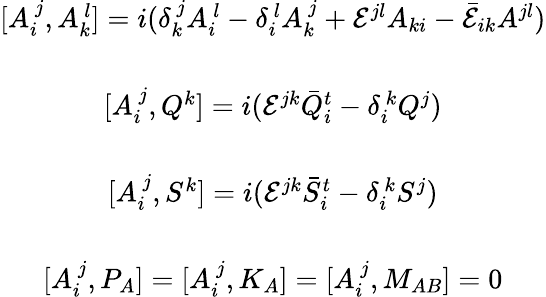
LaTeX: \begin{array}{c}{{[A_{i}^{~j},A_{k}^{~l}]=i(\delta_{k}^{~j}A_{i}^{~l}-\delta_{i}^{~l}A_{k}^{~j}+{\cal E}^{jl}A_{ki}-\bar{\cal E}_{ik}A^{jl})}}\\ {{{}}}\\ {{{[A_{i}^{~j},Q^{k}]=i({\cal E}^{jk}\bar{Q}_{i}^{t}-\delta_{i}^{~k}Q^{j})}}}\\ {{{}}}\\ {{{[A_{i}^{~j},S^{k}]=i({\cal E}^{jk}\bar{S}_{i}^{t}-\delta_{i}^{~k}S^{j})}}}\\ {{{}}}\\ {{\displaystyle{[A_{i}^{~j},P_{A}]=[A_{i}^{~j},K_{A}]=[A_{i}^{~j},M_{AB}]=0}}}\end{array}